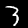
Digit: 3